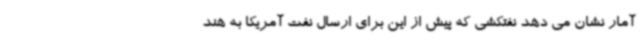
آمار نشان می دهد نفتکشی که پیش از این برای ارسال نفت آمریکا به هند